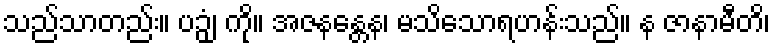
သည်သာတည်း။ ပဉှံ၊ ကို။ အဇနန္တေန၊ မသိသောရဟန်းသည်။ န ဇာနာမီတိ၊